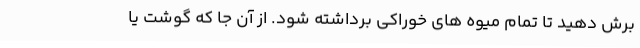
برش دهید تا تمام میوه های خوراکی برداشته شود. از آن جا که گوشت یا